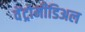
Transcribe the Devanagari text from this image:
वेंट्रोमीडिअल